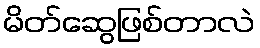
မိတ်ဆွေဖြစ်တာလဲ